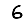
Digit: 6